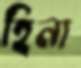
হিনা